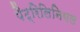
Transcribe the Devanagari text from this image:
पैट्रिलिनियल